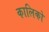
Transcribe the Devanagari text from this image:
कालिको